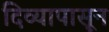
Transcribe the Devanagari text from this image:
दिव्यापासून